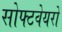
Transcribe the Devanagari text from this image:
सोफ्टवेयरों